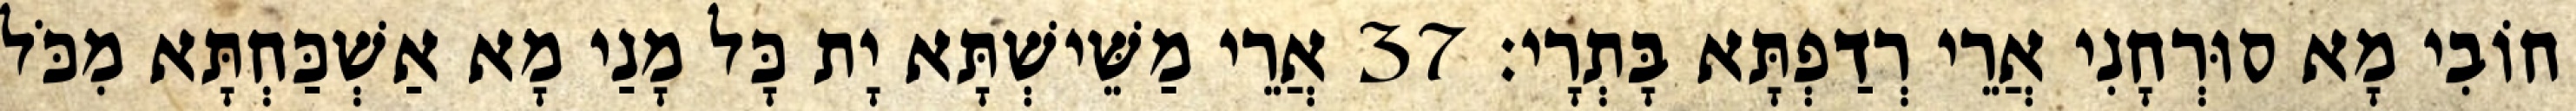
חוֹבִי מָא סוּרְחָנִי אֲרֵי רְדַפְתָּא בָּתְרָי׃ 37 אֲרֵי מַשֵּׁישְׁתָּא יָת כָּל מָנַי מָא אַשְׁכַּחְתָּא מִכֹּל